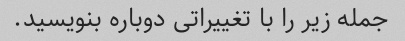
جمله زیر را با تغییراتی دوباره بنویسید.